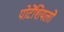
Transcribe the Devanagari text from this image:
पोटेंशियलों